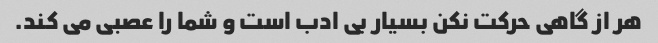
هر از گاهی حرکت نکن بسیار بی ادب است و شما را عصبی می کند.